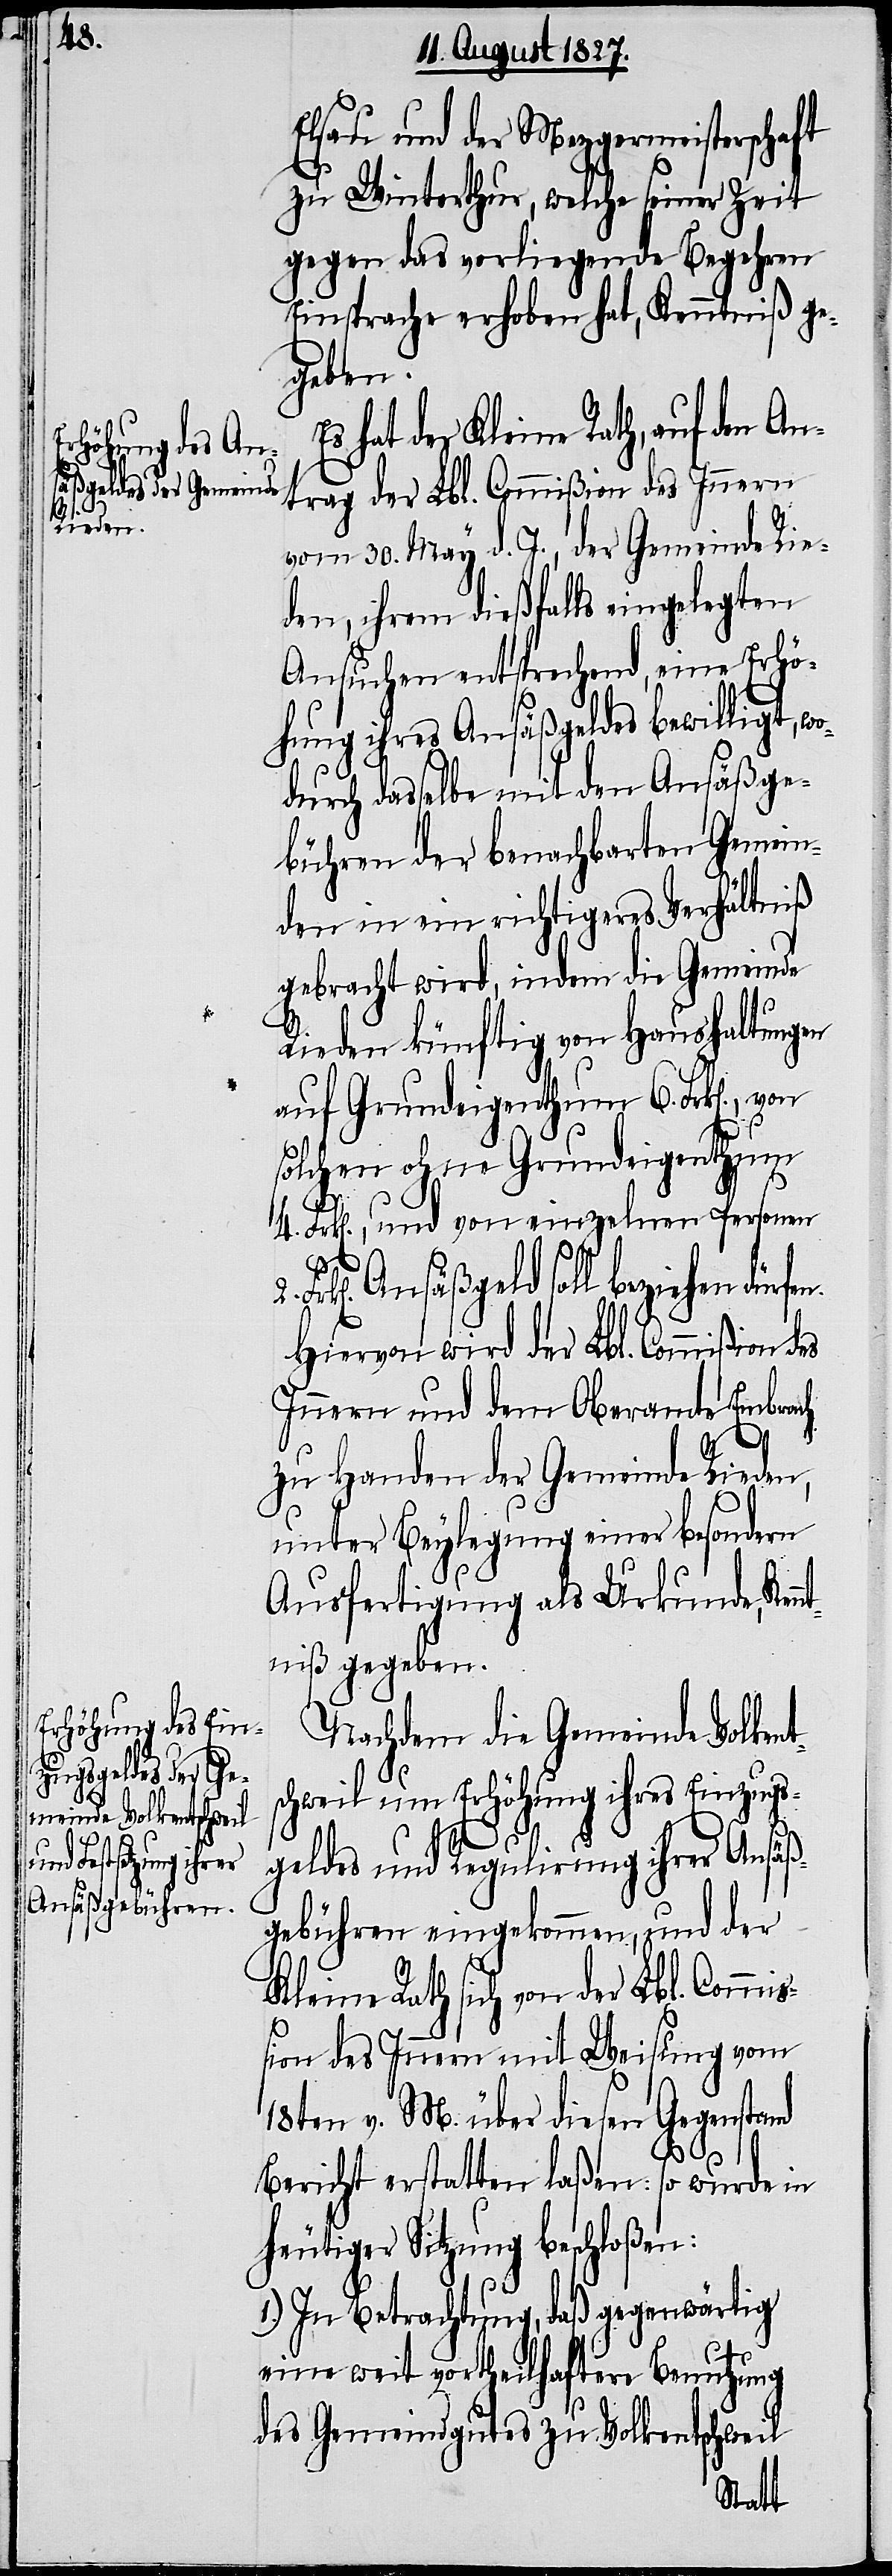
o¬

Elsau und der Mezgermeisterschaft
zu Winterthur, welche seiner Zeit
gegen das vorliegende Begehren
Einsprache erhoben hat, Kenntniß ge¬
dürfen.
s hat der Kleine Rath, auf den An¬
trag der Lbl. Commißion des Innern
vom 30. May d. J., der Gemeinde Rie¬
den, ihrem dießfalls eingelegten
Ansuchen entsprechend, eine Erhö¬
hung ihres Ansäßgeldes bewilligt, w¬
durch dasselbe mit den Ansäßge¬
bühren der benachbarten Gemein¬
den in ein richtigeres Verhältniß
gebracht wird, indem die Gemeinde
Rieden künftig von Haushaltungen
auf Grundeigenthum 6. Frk[en].,
solchen ohne Grundeigenthum
4. Frk[en]., und von einzelnen Personen
Ansäßgeld soll beziehen
Hiervon wird der Lbl. Commißion des
Innern und dem Oberamte Embrach
2.
zu Handen der Gemeinde Rieden,
unter Beylegung einer besondern
Ausfertigung als Urkunde, Ken¬
ntniß gegeben.
Nachdem die Gemeinde Volkent¬
schweil um Erhöhung ihres Einzugs¬
geldes und Regulirung ihrer Ansäß¬
gebühren eingekommen, und der
Kleine Rath sich von der Lbl. Commiß¬
ion des Innern mit Weisung vom
18ten v. M. über diesen Gegenstand
Bericht erstatten laßen: so wurde in
heutiger Sitzung beschloßen:
1.) In Betrachtung, daß gegenwärtig
eine weit vortheilhaftere Benutzung
des Gemeindgutes zu Volkentschweil